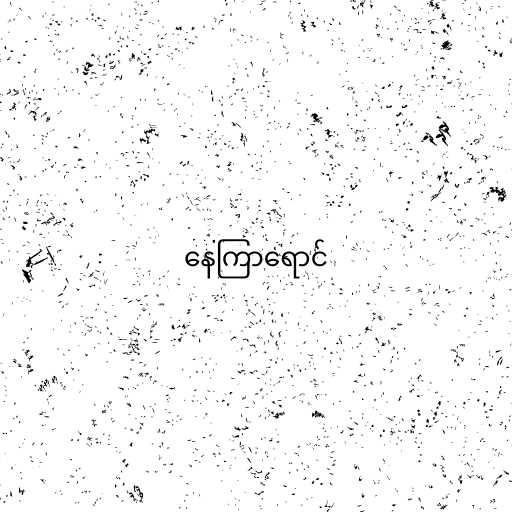
နေကြာရောင်